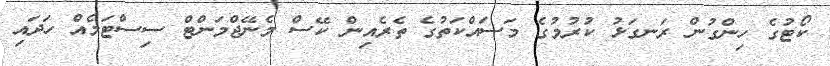
ކޯޓުގެ ހިންގުން ރަނގަޅު ކުރުމުގެ މަސައްކަތުގެ ތެރެއިން ކޭސް މެނޭޖްމަންޓް ސިސްޓަމެއް ހަދައި